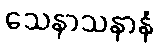
သေနာသနာနံ